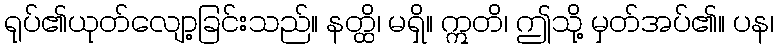
ရုပ်၏ယုတ်လျော့ခြင်းသည်။ နတ္ထိ၊ မရှိ။ ဣတိ၊ ဤသို့ မှတ်အပ်၏။ ပန၊